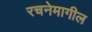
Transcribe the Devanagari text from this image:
रचनेमागील